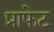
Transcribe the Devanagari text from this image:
प्राफेट